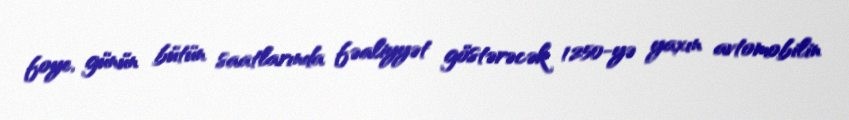
foye, günün bütün saatlarında fəaliyyət göstərəcək 1250-yə yaxın avtomobilin